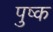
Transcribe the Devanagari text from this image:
पुष्क